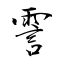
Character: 霅